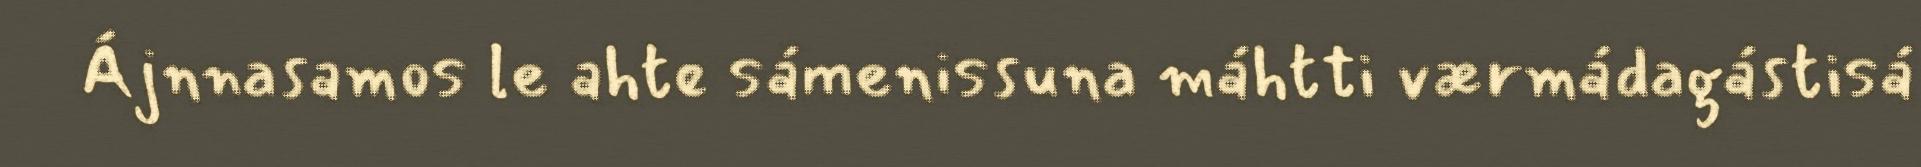
Ájnnasamos le ahte sámenissuna máhtti værmádagástisá